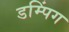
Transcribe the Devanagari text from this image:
डम्पिंग